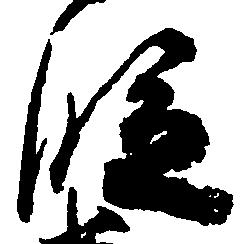
段